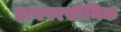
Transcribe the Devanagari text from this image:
हायपरसोनिक